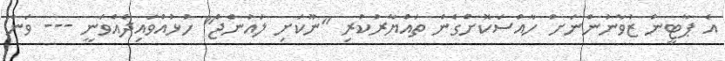
އެ ޕާޓީން ޒުވާނުންނަށް ހާއްސަކޮށްގެން ތައްޔާރުކުރި "ނޫކަށި ލައުންޖް" ހުޅުއްވައިދެއްވަނީ --- ވަން